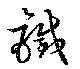
鐵